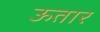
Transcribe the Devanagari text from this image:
ऊतार